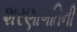
શરણાગતિની